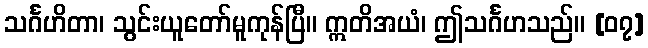
သင်္ဂဟိတာ၊ သွင်းယူတော်မူကုန်ပြီ။ ဣတိအယံ၊ ဤသင်္ဂဟသည်။ [၀၇]